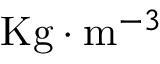
\mathrm { K g } \cdot \mathrm { m } ^ { - 3 }